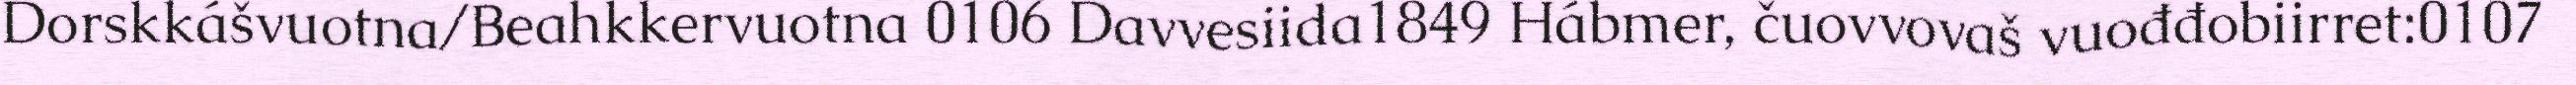
Dorskkášvuotna/Beahkkervuotna 0106 Davvesiida1849 Hábmer, čuovvovaš vuođđobiirret:0107